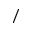
\d s / \d t